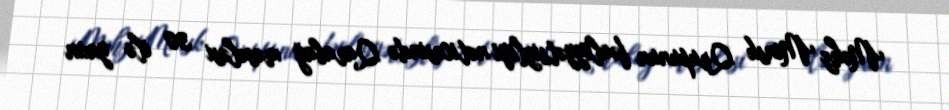
Məhz Minsk Qrupunun fəaliyyətsizliyi nəticəsində Qarabağ məsələsi 30 ilə yaxın